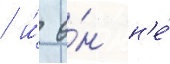
/ и́ о́н н'е́